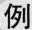
例